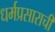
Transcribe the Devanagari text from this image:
धर्मप्रसाराची